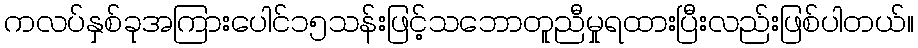
ကလပ်နှစ်ခုအကြားပေါင်၁၅သန်းဖြင့်သဘောတူညီမှုရထားပြီးလည်းဖြစ်ပါတယ်။